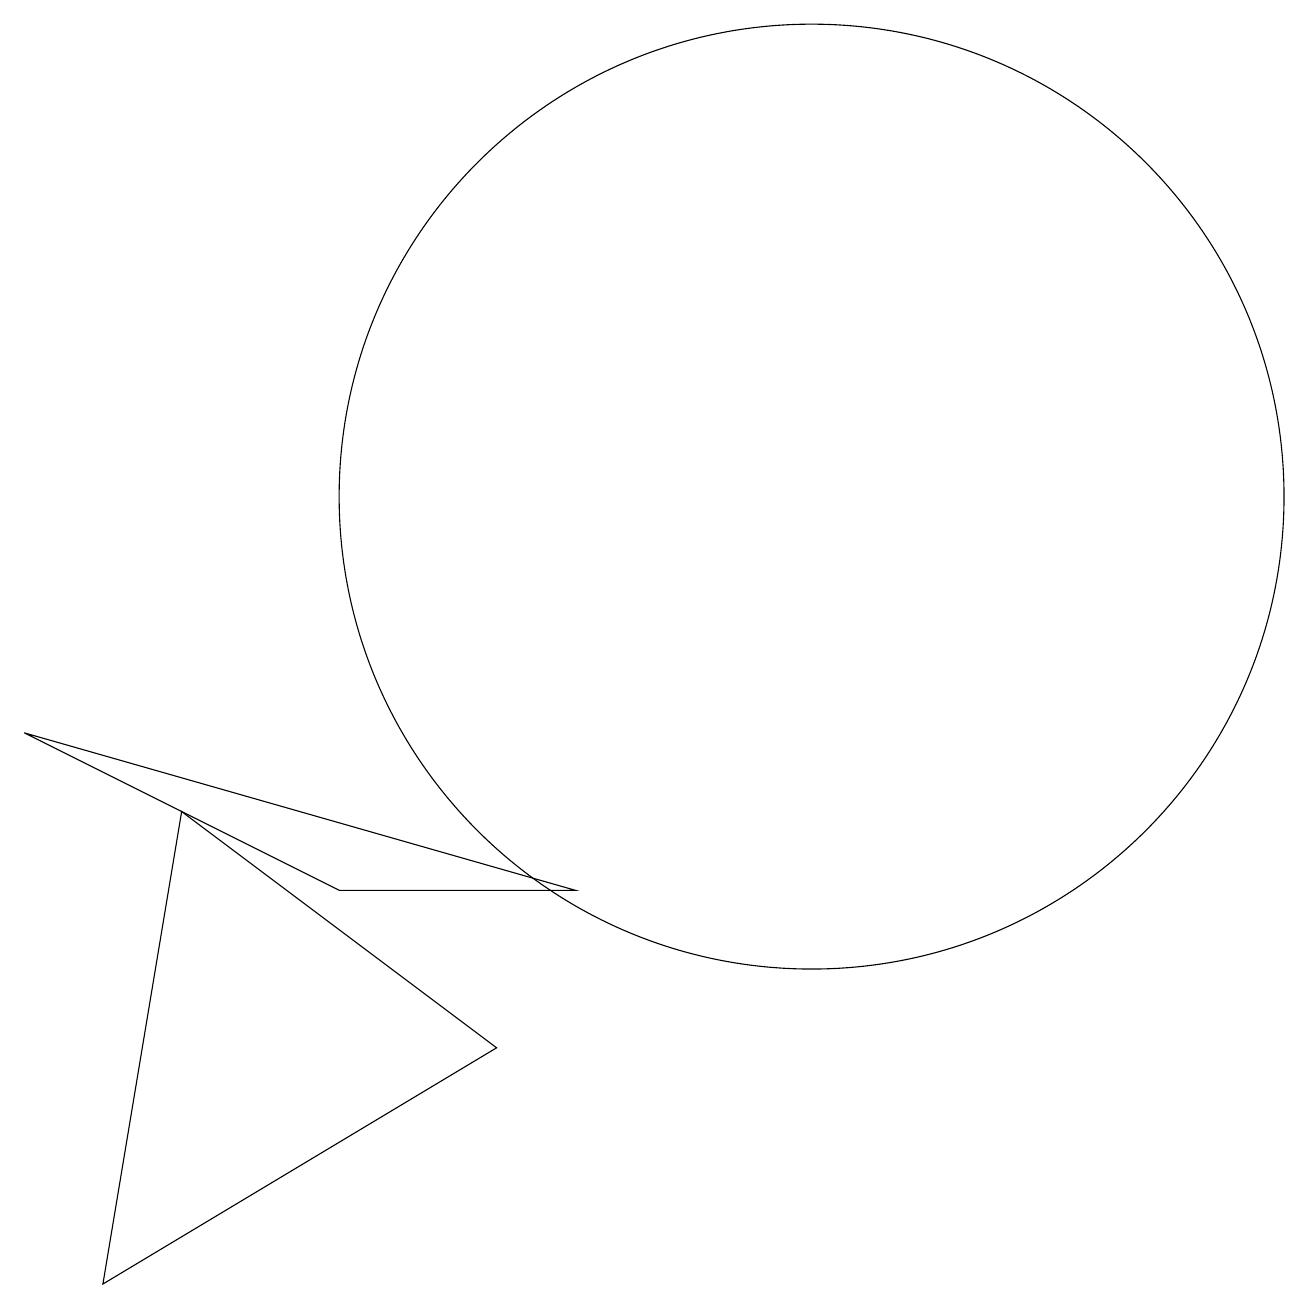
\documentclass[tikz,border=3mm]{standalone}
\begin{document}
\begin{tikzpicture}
\draw (2,1) -- (3,7) -- (7,4) -- cycle;
\draw (11,11) circle (6);
\draw (8,6) -- (5,6) -- (1,8) -- cycle;
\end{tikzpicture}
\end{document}